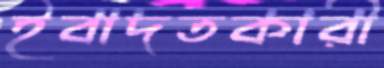
ইবাদতকারী